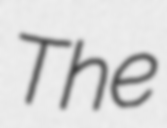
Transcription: The